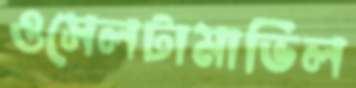
ওসেলটামাভিল